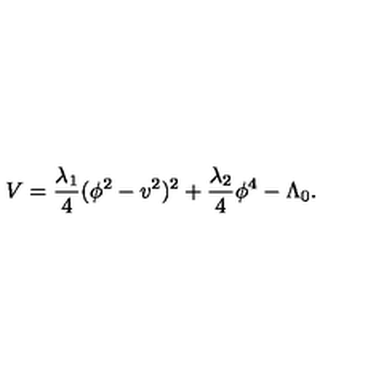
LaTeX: V = { \frac { \lambda _ { 1 } } { 4 } } ( \phi ^ { 2 } - v ^ { 2 } ) ^ { 2 } + { \frac { \lambda _ { 2 } } { 4 } } \phi ^ { 4 } - \Lambda _ { 0 } .